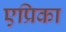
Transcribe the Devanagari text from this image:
एप्रिका